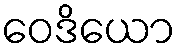
ဝေဒိယော